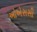
ઓએસસી